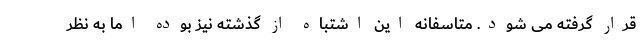
قرار گرفته می شود. متاسفانه این اشتباه از گذشته نیز بوده اما به نظر